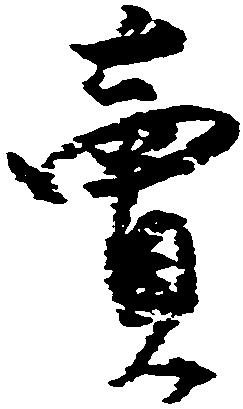
売